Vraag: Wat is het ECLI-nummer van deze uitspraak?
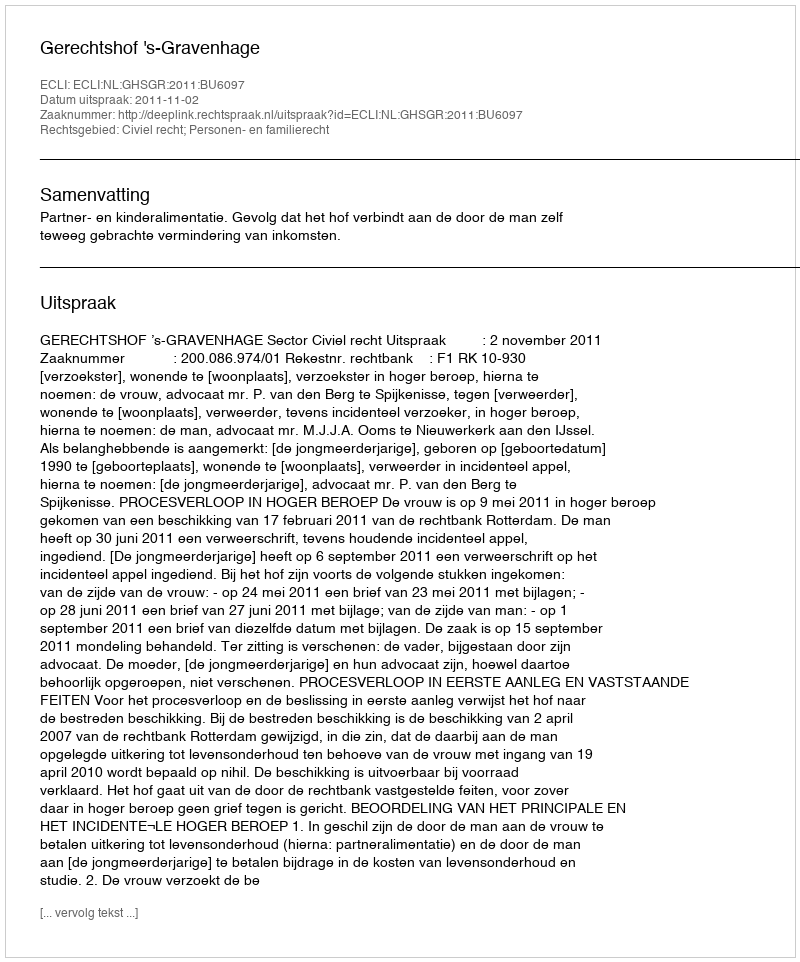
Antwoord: ECLI:NL:GHSGR:2011:BU6097